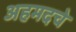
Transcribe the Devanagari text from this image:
अहमदचे